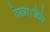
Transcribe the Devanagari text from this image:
देखा।जैसे